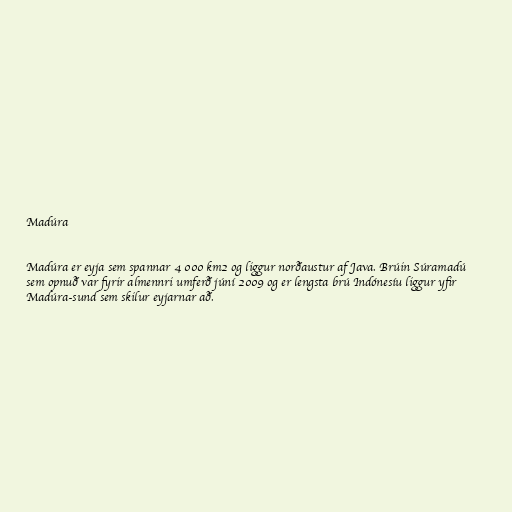
Madúra

Madúra er eyja sem spannar 4 000 km2 og liggur norðaustur af Java. Brúin Súramadú
sem opnuð var fyrir almennri umferð júní 2009 og er lengsta brú Indónesíu liggur yfir
Madúra-sund sem skilur eyjarnar að.